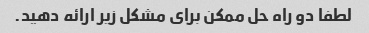
لطفا دو راه حل ممکن برای مشکل زیر ارائه دهید.